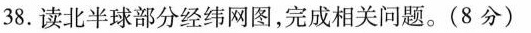
38.读北半球部分经纬网图，完成相关问题。(8分)